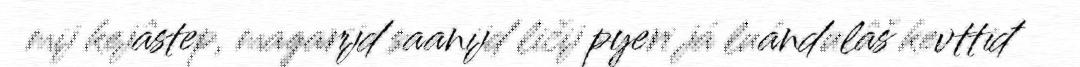
mij kejâstep, magarijd saanijd ličij pyeri já luándulâš kevttiđ